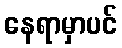
နေရာမှာပင်